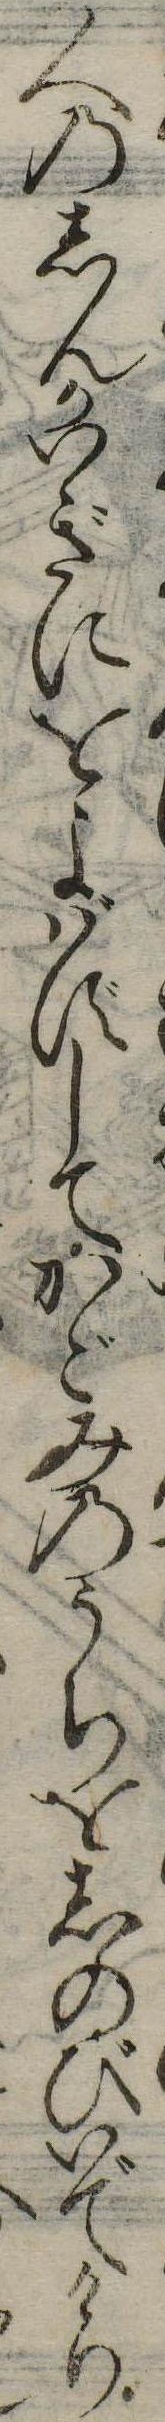
人のしんかいぎにをよばずしてかごみのうちをしのびいでけり